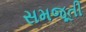
સમજૂતી